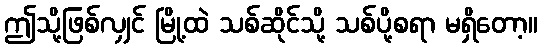
ဤသို့ဖြစ်လျှင် မြို့ထဲ သစ်ဆိုင်သို့ သစ်ပို့စရာ မရှိတော့။